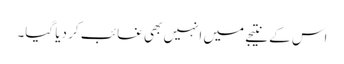
اس کے نتیجے میں انہیں بھی غائب کر دیا گیا۔